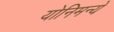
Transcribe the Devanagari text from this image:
योनिमन्ये